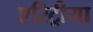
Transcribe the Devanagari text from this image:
एरिट्रीया